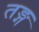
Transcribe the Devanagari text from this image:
तङ्ग